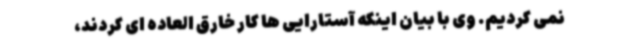
نمی کردیم. وی با بیان اینکه آستارایی ها کار خارق العاده ای کردند،